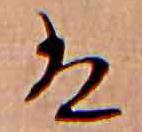
は